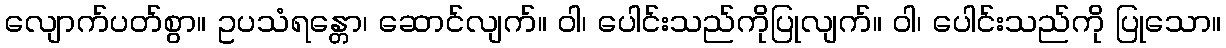
လျောက်ပတ်စွာ။ ဥပသံရန္တော၊ ဆောင်လျက်။ ဝါ၊ ပေါင်းသည်ကိုပြုလျက်။ ဝါ၊ ပေါင်းသည်ကို ပြုသော။